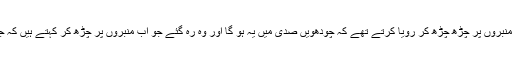
وہ مر گئے جو منبروں پر چڑھ چڑھ کر رویا کرتے تھے کہ چودھویں صدی میں یہ ہو گا اور وہ رہ گئے جو اب منبروں پر چڑھ کر کہتے ہیں کہ جو آیا کاذب ہے!